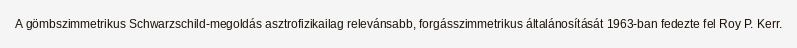
A gömbszimmetrikus Schwarzschild-megoldás asztrofizikailag relevánsabb, forgásszimmetrikus általánosítását 1963-ban fedezte fel Roy P. Kerr.